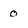
Character: 0